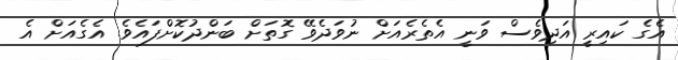
އެގެ ކައިރިީ އަދިވެސް ވަނީ އެތެރެއަށް ނުވަދެވޭ ގޮތަށް ބަންދުކޮށްފައެވެ. އެގެއަށް އެ